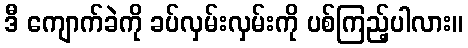
ဒီ ကျောက်ခဲကို ခပ်လှမ်းလှမ်းကို ပစ်ကြည့်ပါလား။